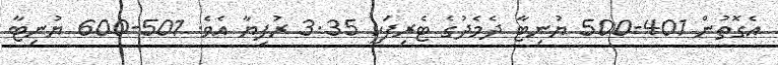
އެގޮތުން 401-500 ޔުނިޓާ ދެމެދުގެ ޓެރިފަކީ 3.35 ރުފިޔާ އެވެ. 501-600 ޔުނިޓާ